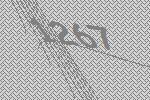
1267